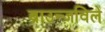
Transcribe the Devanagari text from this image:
ब्राउन्ज़विले